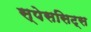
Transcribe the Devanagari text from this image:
स्पेससिट्स